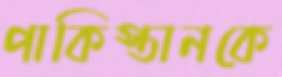
পাকিস্তানকে